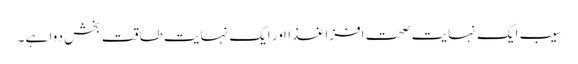
سیب ایک نہایت صحت افزا غذااور ایک نہایت طاقت بخش دوا ہے ۔